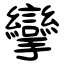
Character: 攣